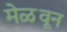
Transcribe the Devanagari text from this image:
मेळवून